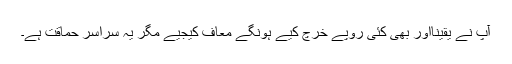
آپ نے یقیناًاور بھی کئی روپے خرچ کیے ہونگے معاف کیجیے مگر یہ سراسر حماقت ہے۔